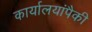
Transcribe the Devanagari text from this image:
कार्यालयांपैकी